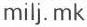
milj. mk